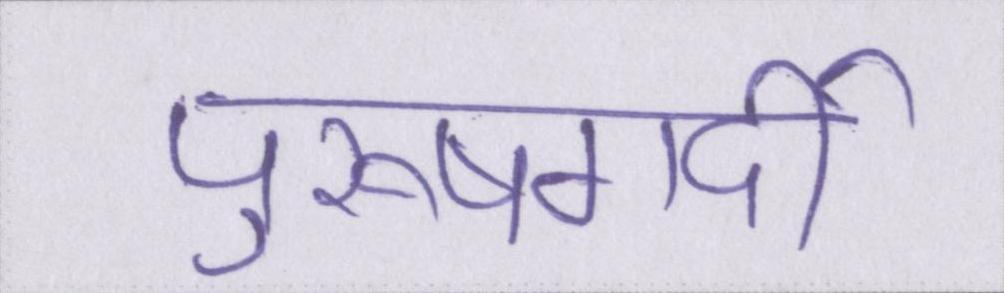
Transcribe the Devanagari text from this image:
पुरूषगर्दी